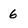
Character: 6